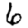
Digit: 6